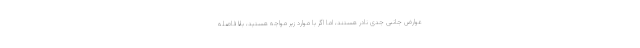
عوارض جانبی جدی نادر هستند، اما اگر با موارد زیر مواجه هستید، بلافاصله